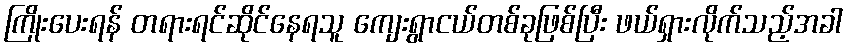
ကြိုးပေးရန် တရားရင်ဆိုင်နေရသူ ကျေးရွာငယ်တစ်ခုဖြစ်ပြီး ဖယ်ရှားလိုက်သည့်အခါ